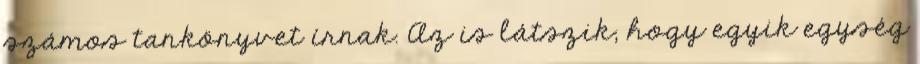
számos tankönyvet írnak. Az is látszik, hogy egyik egység